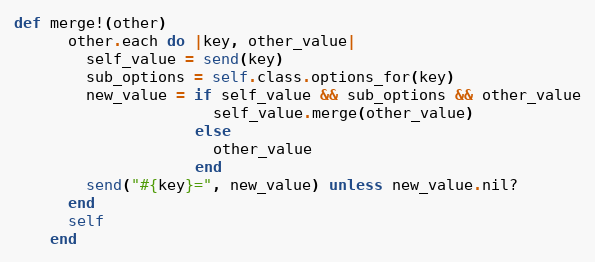
Language: Ruby
def merge!(other)
      other.each do |key, other_value|
        self_value = send(key)
        sub_options = self.class.options_for(key)
        new_value = if self_value && sub_options && other_value
                      self_value.merge(other_value)
                    else
                      other_value
                    end
        send("#{key}=", new_value) unless new_value.nil?
      end
      self
    end